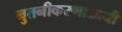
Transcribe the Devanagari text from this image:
नुतनीकरणाआधी